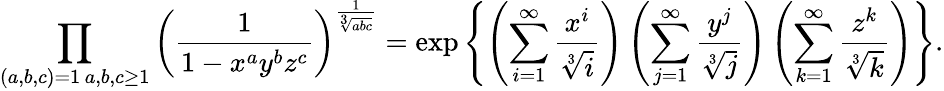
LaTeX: \prod_{\substack{(a,b,c)=1\, a,b,c\geq 1}}\left(\frac{1}{1-x^{a}y^{b}z^{c}}\right)^{\frac{1}{\sqrt[3]{abc}}}=\exp\left\{ \left(\sum_{i=1}^{\infty}\frac{x^{i}}{\sqrt[3]{i}}\right)\left(\sum_{j=1}^{\infty}\frac{y^{j}}{\sqrt[3]{j}}\right)\left(\sum_{k=1}^{\infty}\frac{z^{k}}{\sqrt[3]{k}}\right)\right\} .